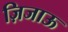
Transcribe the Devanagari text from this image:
ज़िजाऊ